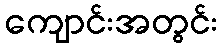
ကျောင်းအတွင်း